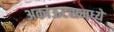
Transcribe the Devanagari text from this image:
अकांऊटसमध्ये